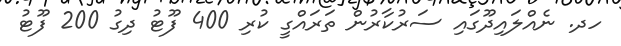
ހދ. ނެއްލައިދޫގައި ސަރުކާރުން ތަރައްގީ ކުރި 400 ފޫޓު ދިގު 200 ފޫޓު